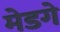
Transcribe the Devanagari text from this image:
मेडगे